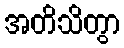
အတိသိတွာ